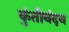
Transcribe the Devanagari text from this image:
कुंतीनंदन